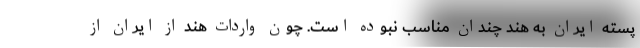
پسته ایران به هند چندان مناسب نبوده است. چون واردات هند از ایران از